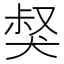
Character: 𤟏